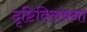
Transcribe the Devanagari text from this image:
दृष्टिविलंबना